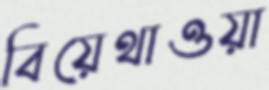
বিয়েথাওয়া